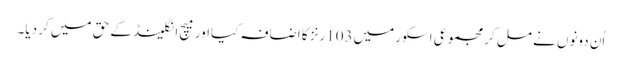
اُن دونوں نے مل کر مجموعی اسکور میں103رنز کا اضافہ کیااور میچ انگلینڈ کے حق میں کر دیا۔